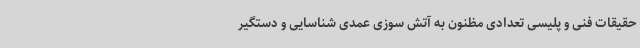
حقیقات فنی و پلیسی تعدادی مظنون به آتش سوزی عمدی شناسایی و دستگیر